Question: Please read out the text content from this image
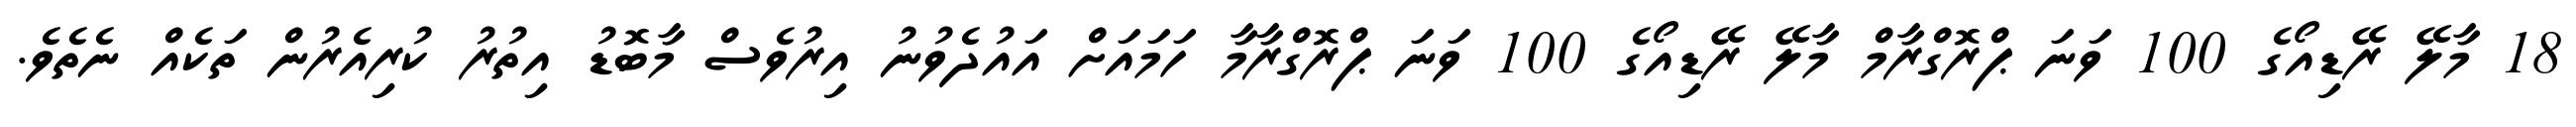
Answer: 18 މާލޭ ރޭޑިއޯގެ 100 ވަނަ ޕްރޮގްރާމް މާލޭ ރޭޑިއޯގެ 100 ވަނަ ޕްރޮގްރާމާ ހަމައަށް އައުދެވުނު އިރުވެސް މާބޮޑު އިތުރު ކުރިއެރުން ތަކެއް ނެތެވެ.